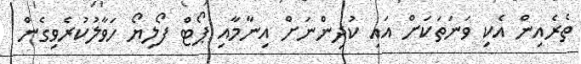
ތެރެއިން އެކި ވަނަތަކަށް އައި ކުދިންނަށް އިނާމާއި ޕޯޓް ފޯލިޔޯ ހަވާލުކުރެވިގެން